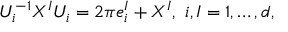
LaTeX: { \cal U } _ { i } ^ { - 1 } X ^ { I } { \cal U } _ { i } = 2 \pi e _ { i } ^ { I } + X ^ { I } , ~ i , I = 1 , \ldots , d ,